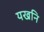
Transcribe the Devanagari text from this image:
यखनि